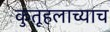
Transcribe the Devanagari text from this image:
कुतूहलाच्याच